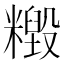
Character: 𥼹